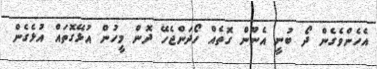
އެހެންވެގެން ދޯ ބުނީ އެނޫން ގޮތެއް ހޯދަންޖެހޭ ދޮން މީހުން އުޅޭގޮތައް އުޅެގެން